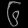
Digit: ၆